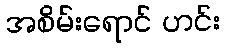
အစိမ်းရောင် ဟင်း